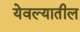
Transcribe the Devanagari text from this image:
येवल्यातील